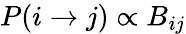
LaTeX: P(i\xrightarrow{}j)\propto B_{ij}